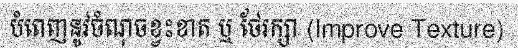
បំពេញនូវចំណុចខ្វះខាត ឬ ថែរក្សា (Improve Texture)